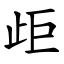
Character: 歫